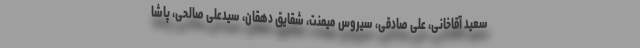
سعید آقاخانی، علی صادقی، سیروس میمنت، شقایق دهقان، سیدعلی صالحی، پاشا